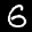
Label: 6